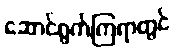
ဆောင်ရွက်ကြရာတွင်